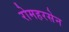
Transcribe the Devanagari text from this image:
रोमहरसेन